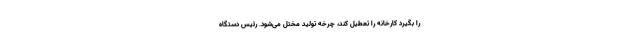
را بگیرد کارخانه را تعطیل کند، چرخه تولید مختل می‌شود. رئیس دستگاه